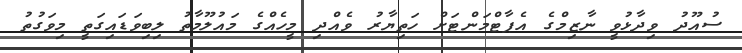
ސުއޫދު ވިދާޅުވީ ނާޒިމްގެ އެޕާޓްމަންޓަށް ހަތިޔާރު ވެއްދި މީހެއްގެ މައުލޫމާތު ލިބިވަޑައިގަތީ މިވަގުތު